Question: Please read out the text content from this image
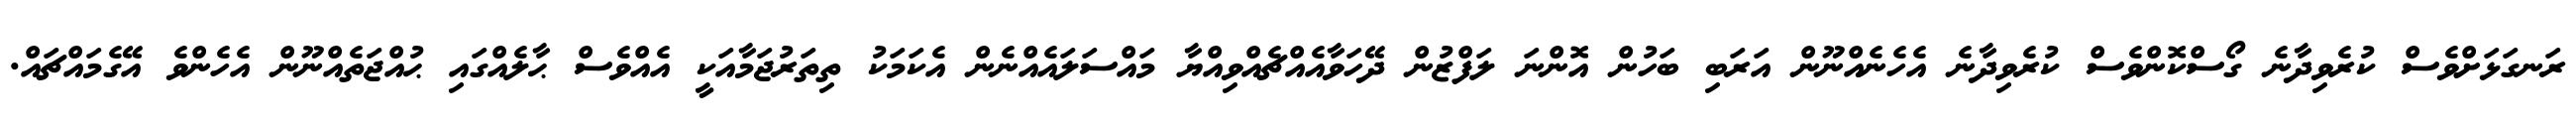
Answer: ރަނގަޅަށްވެސް ކުރެވިދާނެ ގޯސްކޮންވެސް ކުރެވިދާނެ އެހެނެއްނޫން އަރަބި ބަހުން އޮންނަ ލަފްޒުން ދޭހަވާއެއްޗެއްވިއްޔާ މައްސަލައެއްނެން އެކަމަކު ތިތަރުޖަމާއަކީ އެއްވެސް ޙާލެއްގައި ޙުއްޖަތެއްނޫން އެހެންވެ އޭގެމައްޗައް.